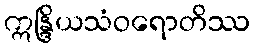
ဣန္ဒြိယသံဝရောတိဿ